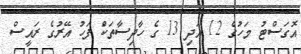
އޮގަސްޓު މަހުގެ 12 އަދި 13 ގެ ހާދިސާތަކަް ފަހު އޭރުގެ ރައީސް